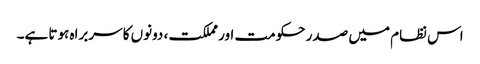
اس نظام میں صدر حکومت اور مملکت، دونوں کا سربراہ ہوتا ہے۔